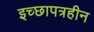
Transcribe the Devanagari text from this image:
इच्छापत्रहीन